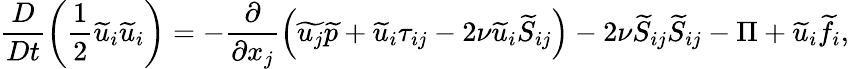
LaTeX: \frac{D}{Dt}\left(\frac{1}{2}\widetilde{u}_{i}\widetilde{u}_{i}\right)=-\frac{\partial}{\partial x_{j}}\left(\widetilde{u_{j}}\widetilde{p}+\widetilde{u}_{i}\tau_{ij}-2\nu\widetilde{u}_{i}\widetilde{S}_{ij}\right)-2\nu\widetilde{S}_{ij}\widetilde{S}_{ij}-\Pi+\widetilde{u}_{i}{\widetilde{f_{i}}},